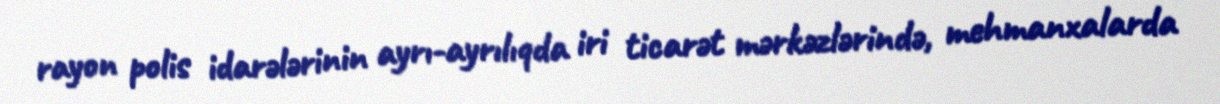
rayon polis idarələrinin ayrı-ayrılıqda iri ticarət mərkəzlərində, mehmanxalarda